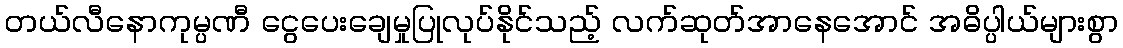
တယ်လီနောကုမ္ပဏီ ငွေပေးချေမှုပြုလုပ်နိုင်သည့် လက်ဆုတ်အာနေအောင် အဓိပ္ပါယ်များစွာ